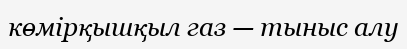
көмірқышқыл газ — тыныс алу